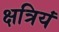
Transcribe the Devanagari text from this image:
क्षत्रियं